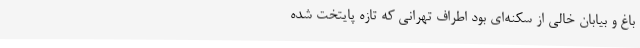
باغ و بیابانِ خالی از سکنه‌ای بود اطراف تهرانی که تازه پایتخت شده